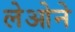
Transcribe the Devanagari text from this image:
लेओने